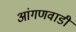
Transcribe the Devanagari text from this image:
आंगणवाडी